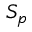
S _ { p }